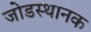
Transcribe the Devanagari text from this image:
जोडस्थानक